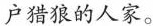
户猎狼的人家。